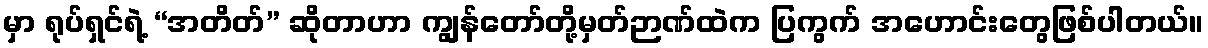
မှာ ရုပ်ရှင်ရဲ့ “အတိတ်” ဆိုတာဟာ ကျွန်တော်တို့မှတ်ဉာဏ်ထဲက ပြကွက် အဟောင်းတွေဖြစ်ပါတယ်။